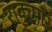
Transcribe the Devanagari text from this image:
राकुमार